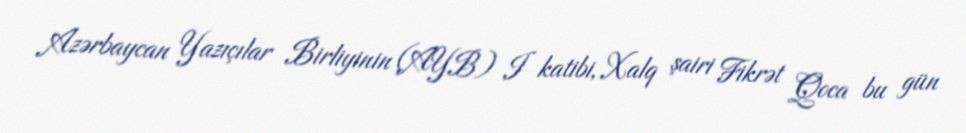
Azərbaycan Yazıçılar Birliyinin (AYB) I katibi, Xalq şairi Fikrət Qoca bu gün